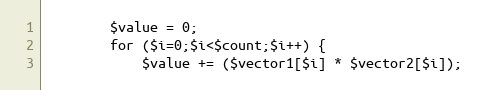
Language: PHP
        $value = 0;
        for ($i=0;$i<$count;$i++) {
            $value += ($vector1[$i] * $vector2[$i]);